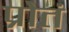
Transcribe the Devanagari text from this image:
प्रोतं